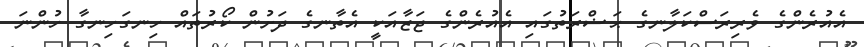
އެއުރެންގެ ވެރިރަސްކަލާނގެ ޙަޟްރަތުގައި އެއުރެންގެ ޖަޒާއަކީ އެތާނގެ ދަށުން ކޯރުތައް ހިނގަހިނގާ ހުންނަ